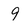
Character: 9